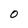
Character: O